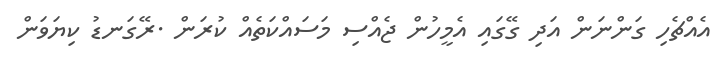
އެއްޗެހި ގަންނަން އަދި ގޭގައި އެމީހުން ޖެއްސި މަސައްކަތެއް ކުރަން .ރޭގަނޑު ކިޔަވަން